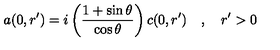
a ( 0 , r ^ { \prime } ) = i \left( \frac { 1 + \sin \theta } { \cos \theta } \right) c ( 0 , r ^ { \prime } ) \quad , \quad r ^ { \prime } > 0